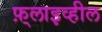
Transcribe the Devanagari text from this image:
फ़्लाइव्हील